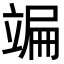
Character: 𥪒